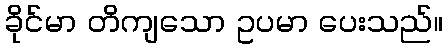
ခိုင်မာ တိကျသော ဥပမာ ပေးသည်။